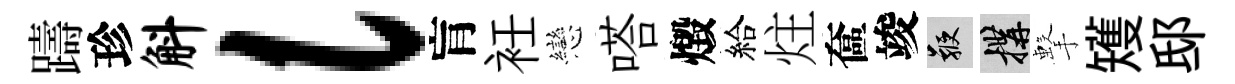
躊珍斛l肓衽戀嗒燬給炷奩竣鞭構擊矱邸